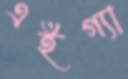
এইগ্যা